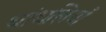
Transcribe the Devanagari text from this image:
धांधलियाँ